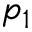
p _ { 1 }